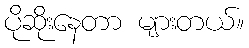
ပိုဆိုးနေတာ များတယ်။